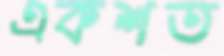
একশত